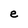
Character: e